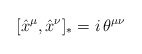
\begin{align*}[\hat{x}^\mu,\hat{x}^\nu]_*=i\,\theta^{\mu\nu}\end{align*}